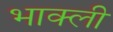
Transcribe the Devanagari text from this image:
भाक्ली